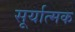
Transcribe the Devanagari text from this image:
सूर्यात्मक